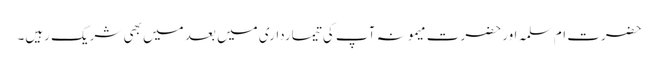
حضرت ام سلمہ اور حضرت میمونہ آپ کی تیمارداری میں بعد میں بھی شریک رہیں۔